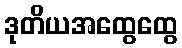
ဒုတိယအထွေထွေ